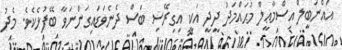
އައްނަބީލް އިސްމާޢީލް މުޙައްމަދު ދީދީ އަކީ އިގިރޭސި ބަސް ދެނެވަޑައިގަންނަވާ ބޭފުޅެކެވެ. މެެދު